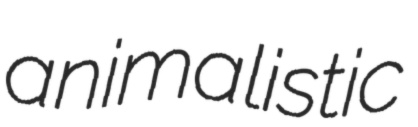
animalistic